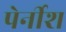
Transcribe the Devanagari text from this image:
पेर्नीश